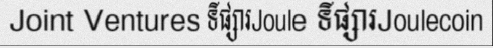
Joint Ventures ទីផ្សារJoule ទីផ្សារJoulecoin